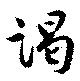
謁